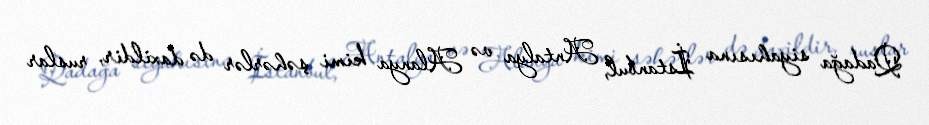
Qadağa siyahısına İstanbul, Antalya və Alanya kimi şəhərlər də daxildir, ruslar